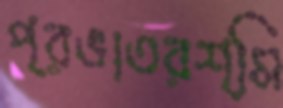
প্রভাতরশ্মি